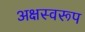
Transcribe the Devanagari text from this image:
अक्षस्वरूप